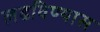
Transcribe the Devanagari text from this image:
लढविण्यास